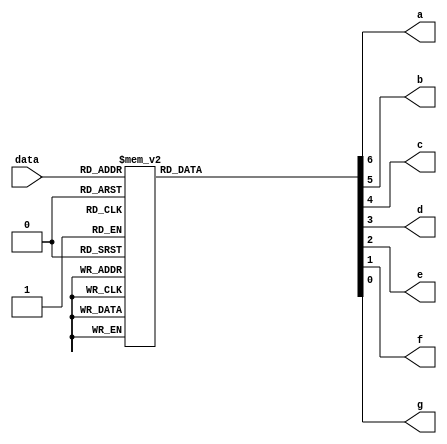
module led(data, a, b, c, d, e, f, g);
input [3:0] data;
output a,b,c,d,e,f,g;
reg  a,b,c,d,e,f,g;
always @(data)
begin
case(data)
	4'b0000:{a,b,c,d,e,f,g}=7'b1111110;
	4'b0001:{a,b,c,d,e,f,g}=7'b0110000;
	4'b0010:{a,b,c,d,e,f,g}=7'b1101101;
	4'b0011:{a,b,c,d,e,f,g}=7'b1111001;
	4'b0100:{a,b,c,d,e,f,g}=7'b0110011;
	4'b0101:{a,b,c,d,e,f,g}=7'b1011011;
	4'b0110:{a,b,c,d,e,f,g}=7'b1011111;
	4'b0111:{a,b,c,d,e,f,g}=7'b1110000;
	4'b1000:{a,b,c,d,e,f,g}=7'b1111111;
	4'b1001:{a,b,c,d,e,f,g}=7'b1111011;
	4'b1010:{a,b,c,d,e,f,g}=7'b1110111;//a
	4'b1011:{a,b,c,d,e,f,g}=7'b1100111;//p-b
	4'b1100:{a,b,c,d,e,f,g}=7'b0000001;//bar-c
	4'b1101:{a,b,c,d,e,f,g}=7'b0010101;//n-d
	4'b1110:{a,b,c,d,e,f,g}=7'b1001111;//e
	4'b1111:{a,b,c,d,e,f,g}=7'b0000000;//blank-f
	default:{a,b,c,d,e,f,g}=7'b0000001;
endcase
end
endmodule